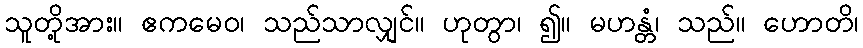
သူတို့အား။ ဧကမေဝ၊ သည်သာလျှင်။ ဟုတွာ၊ ၍။ မဟန္တံ၊ သည်။ ဟောတိ၊